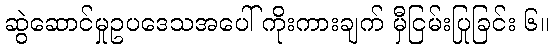
ဆွဲဆောင်မှုဥပဒေသအပေါ် ကိုးကားချက် မှီငြမ်းပြုခြင်း ၆။